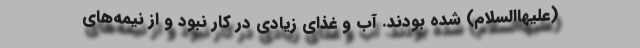
(علیهاالسلام) شده بودند. آب و غذای زیادی در کار نبود و از نیمه‌های